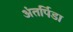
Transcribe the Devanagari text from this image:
अंतर्पिडा